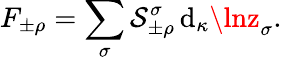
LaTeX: F_{\pm\rho}=\sum_{\sigma}\mathcal{S}_{\pm\rho}^{\sigma}\, \mathrm{{d}}_{\kappa}\lnz_{\sigma}.